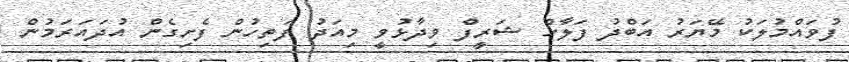
ފުވައްމުލަކު މޭޔަރު އަބްދު ފަލާހް ޝަރީފް ވިދާޅުވީ މިއަދު ފަތިހުން ފެށިގެން އުދައަރަމުން